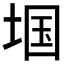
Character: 𱖺